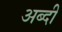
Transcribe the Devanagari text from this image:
अब्दी